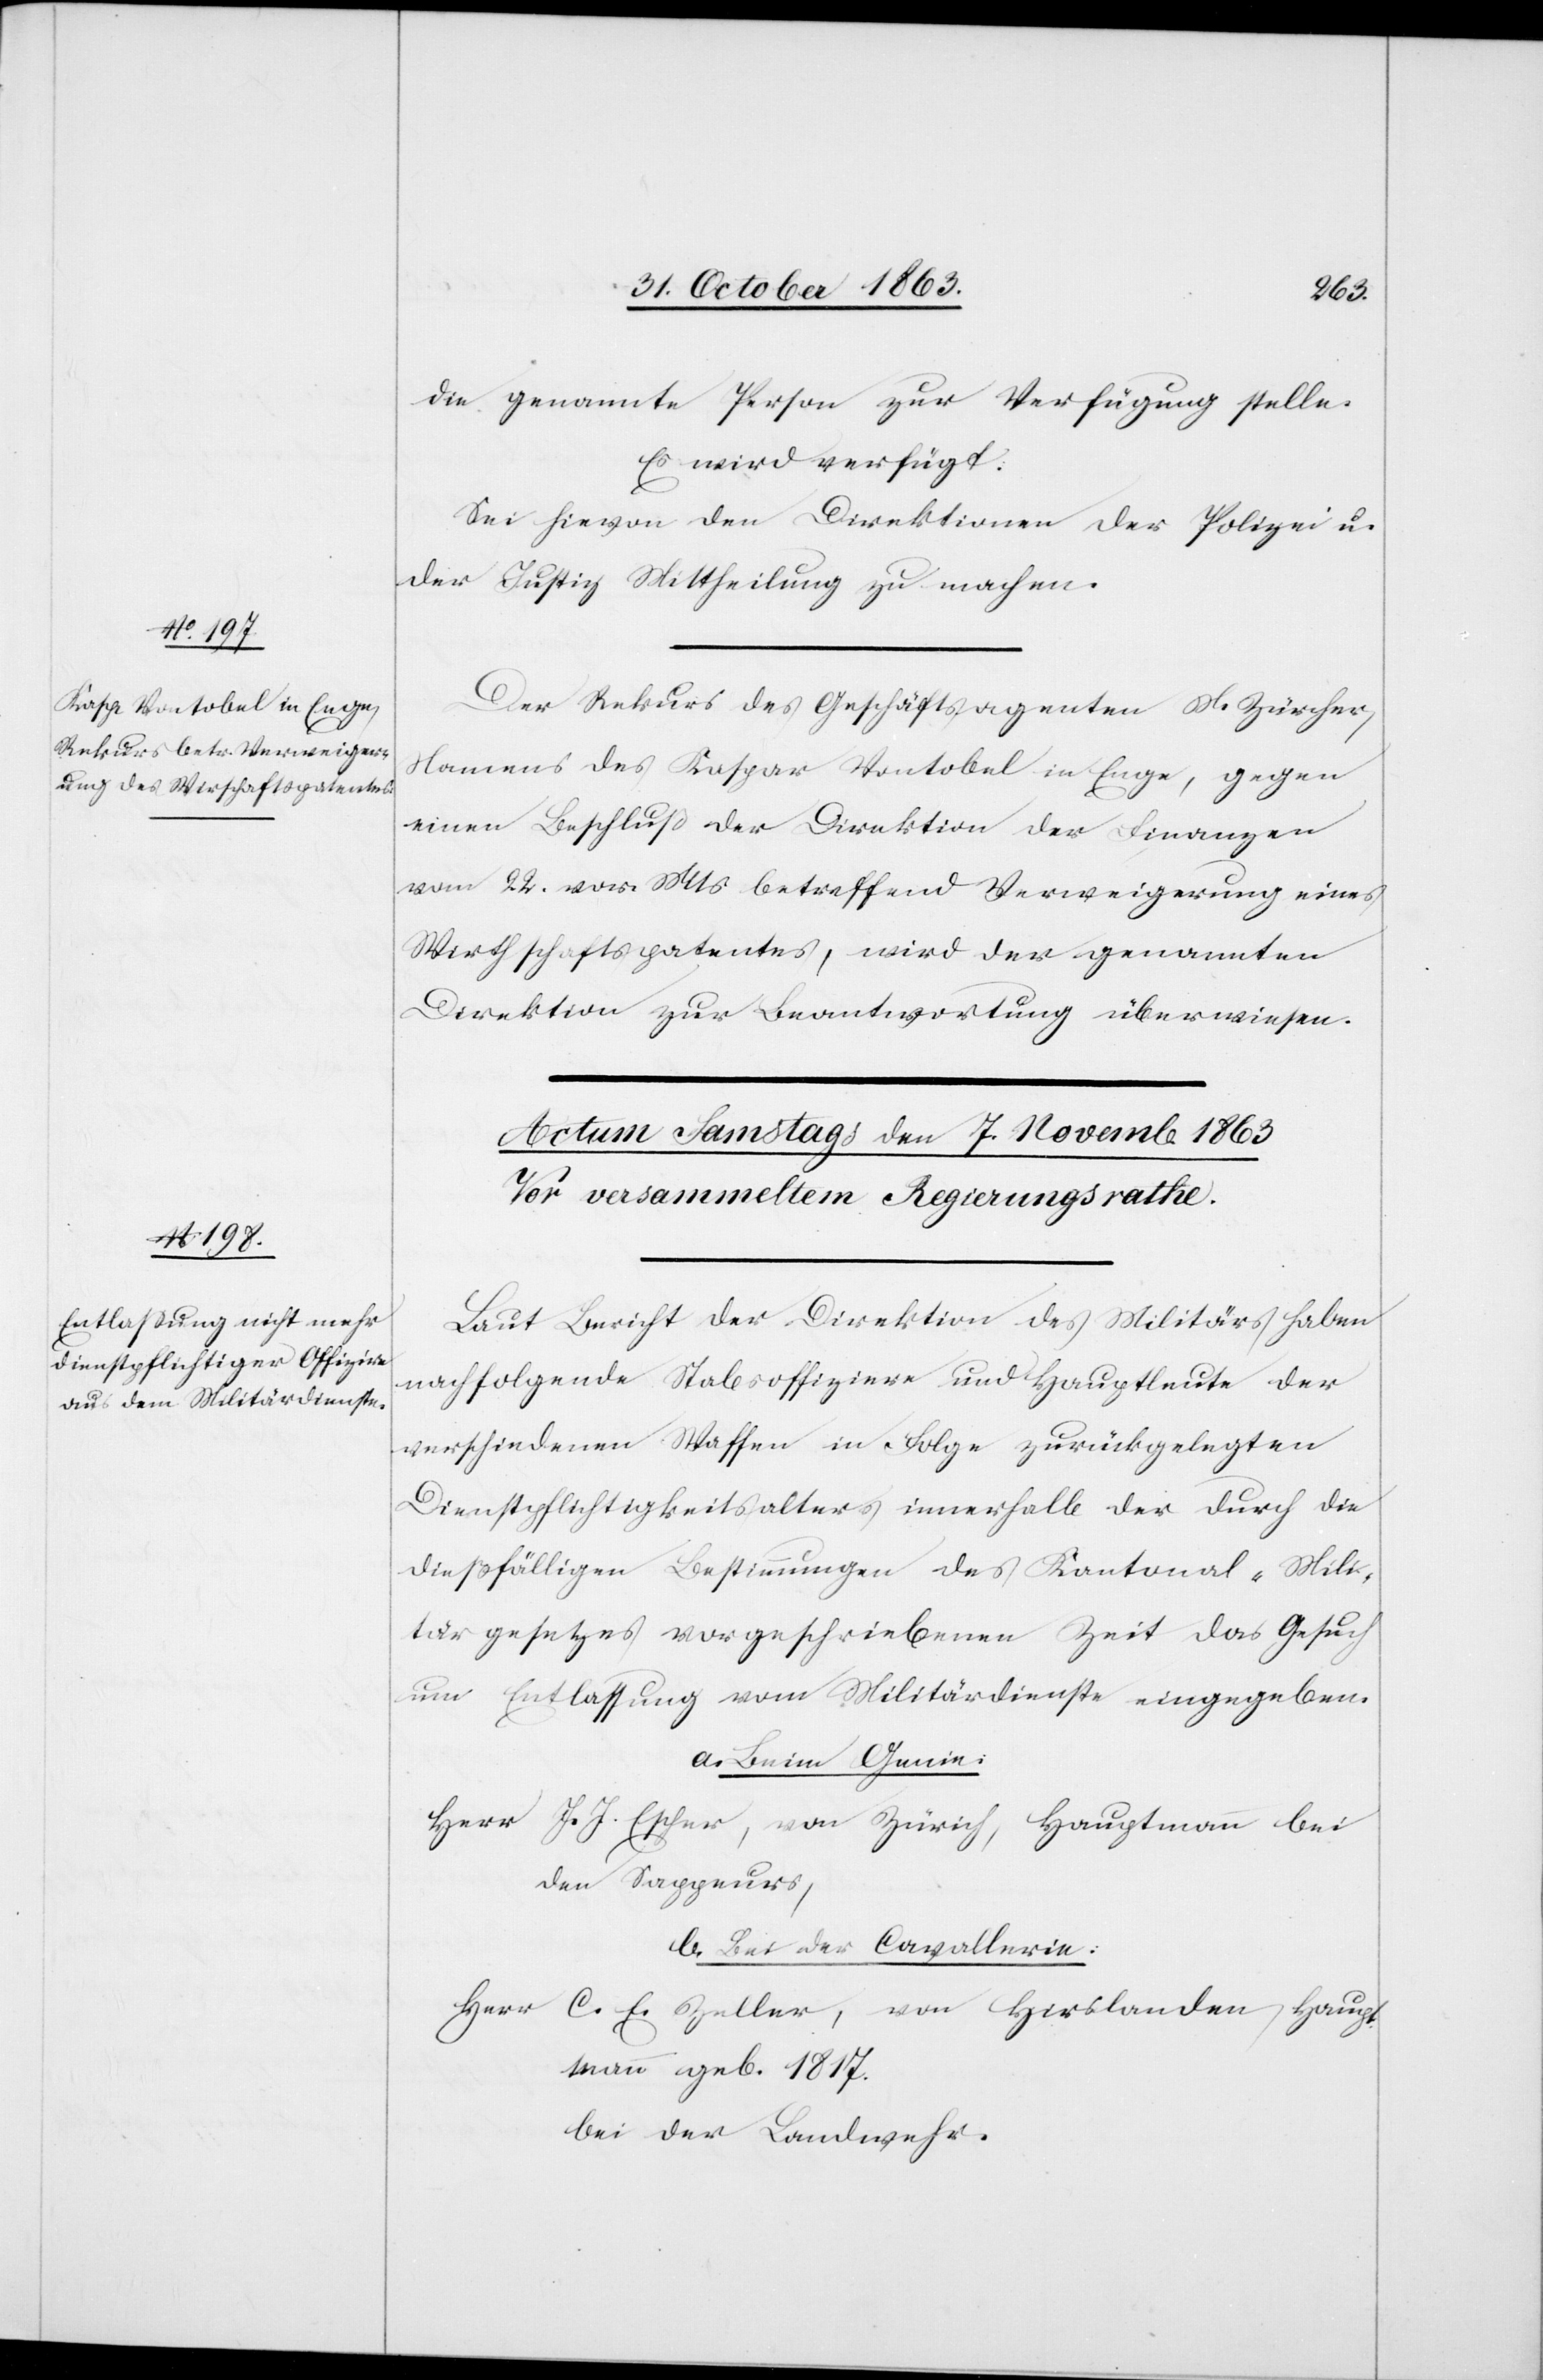
6. November 1863.]
die genannte Person zur Verfügung stelle.
Es wird verfügt:
Sei hievon den Direktionen der Polizei u.
der Justiz Mittheilung zu machen.
Der Rekurs des Geschäftsagenten M. Zürcher,
Namens des Kaspar Vontobel in Enge, gegen
einen Beschluß der Direktion der Finanzen
vom 22. vor. Mts. betreffend Verweigerung eines
Wirthschaftspatentes, wird der genannten
Direktion zur Beantwortung überwiesen.
Laut Bericht der Direktion des Militärs haben
nachfolgende Stabsoffiziere und Hauptleute der
verschiedenen Waffen in Folge zurückgelegten
Dienstpflichtigkeitsalters innerhalb der durch die
dießfälligen Bestimmungen des Kantonal-Mili¬
tärgesetzes vorgeschriebeneN Zeit das Gesuch
um Entlassung vom Militärdienste eingegeben.
a. Beim Genie:
Herr J. J. Escher, von Zürich, Hauptmann bei
den Sappeurs,
b. Bei der Cavallerie:
Herr C. E. Zeller, von Hirslanden, Haup¬
tmann geb. 1817.
bei der Landwehr.